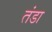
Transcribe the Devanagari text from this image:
तंडा